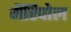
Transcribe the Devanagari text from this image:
मैरिपोल